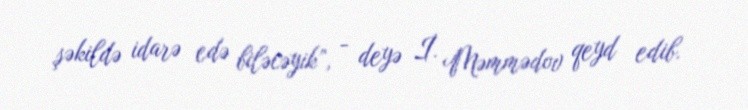
şəkildə idarə edə biləcəyik”, - deyə İ. Məmmədov qeyd edib.